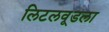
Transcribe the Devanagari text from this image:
लिटलवूडला